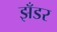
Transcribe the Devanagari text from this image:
झँडर